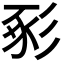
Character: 𢒔